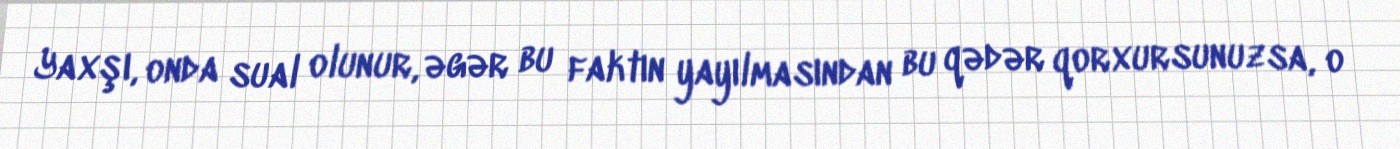
Yaxşı, onda sual olunur, əgər bu faktın yayılmasından bu qədər qorxursunuzsa, o